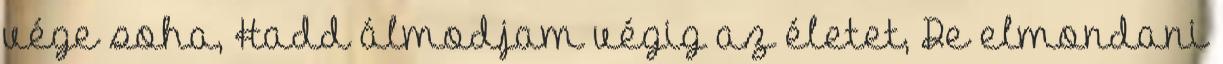
vége soha, Hadd álmodjam végig az életet, De elmondani